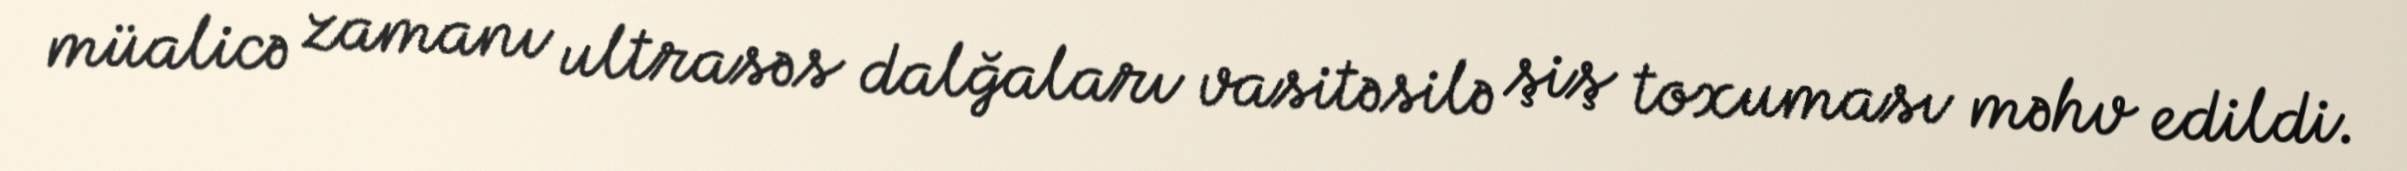
müalicə zamanı ultrasəs dalğaları vasitəsilə şiş toxuması məhv edildi.